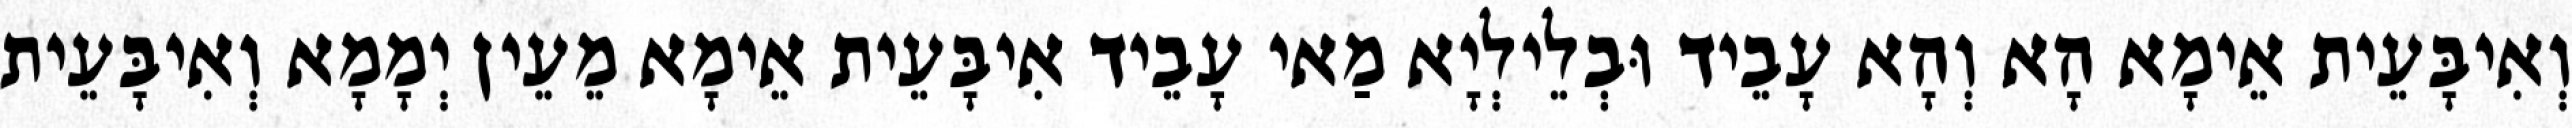
וְאִיבָּעֵית אֵימָא הָא וְהָא עָבֵיד וּבְלֵילְיָא מַאי עָבֵיד אִיבָּעֵית אֵימָא מֵעֵין יְמָמָא וְאִיבָּעֵית